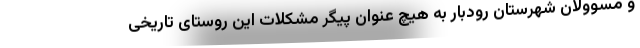
و مسوولان شهرستان رودبار به هیچ عنوان پیگر مشکلات این روستای تاریخی